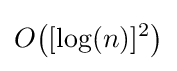
O{\big (}[\log(n)]^{2}{\big )}